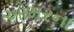
ઓમરના